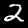
Label: 2